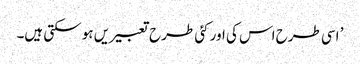
’ اسی طرح اس کی اور کئی طرح تعبیریں ہو سکتی ہیں۔